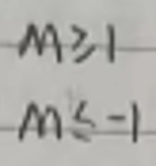
\[M&\geq1\]\\
\[M&\leq - 1\]